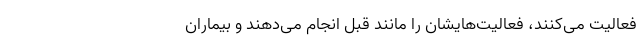
فعالیت می‌کنند، فعالیت‌هایشان را مانند قبل انجام می‌دهند و بیماران